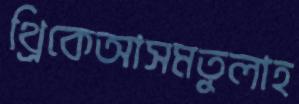
থ্রিকেআসমতুলাহ